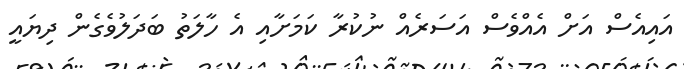
އައިއެސް އަށް އެއްވެސް އަސަރެއް ނުކުރާ ކަމަށާއި އެ ހާލަތު ބަދަލުވެގެން ދިޔައީ